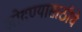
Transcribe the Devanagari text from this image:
खोदण्यासाठीचे